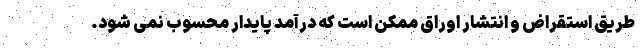
طریق استقراض و انتشار اوراق ممکن است که درآمد پایدار محسوب نمی شود.